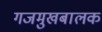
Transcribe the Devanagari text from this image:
गजमुखबालक